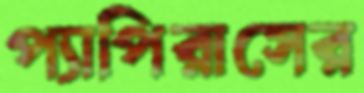
প্যাপিরাসের